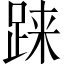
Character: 𫏌